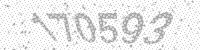
Solution: 170593